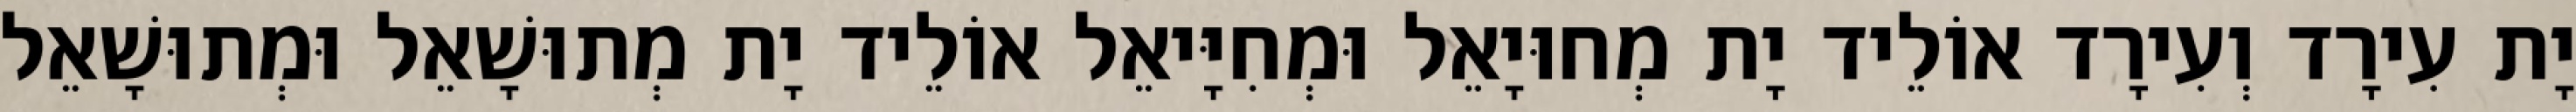
יָת עִירָד וְעִירָד אוֹלֵיד יָת מְחוּיָאֵל וּמְחִיָּיאֵל אוֹלֵיד יָת מְתוּשָׁאֵל וּמְתוּשָׁאֵל